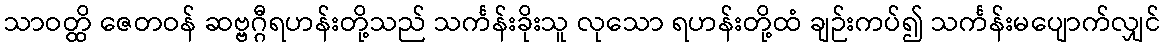
သာဝတ္ထိ ဇေတဝန် ဆဗ္ဗဂ္ဂီရဟန်းတို့သည် သင်္ကန်းခိုးသူ လုသော ရဟန်းတို့ထံ ချဉ်းကပ်၍ သင်္ကန်းမပျောက်လျှင်